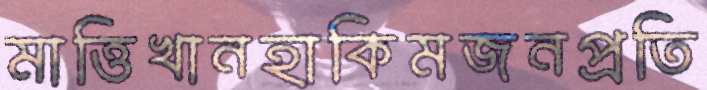
মাত্তিখানহাকিমজনপ্রতি